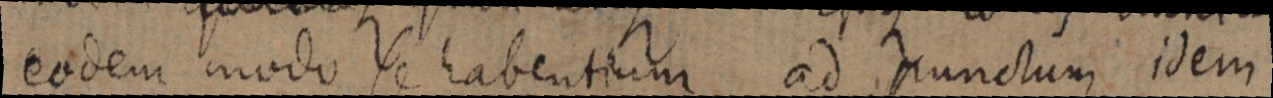
eodem modo se habentium ad punctum idem